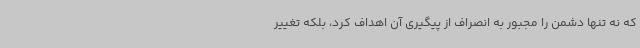
که نه‌ تنها دشمن را مجبور به انصراف از پیگیری آن اهداف کرد، بلکه تغییر